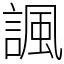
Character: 諷